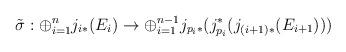
LaTeX: \begin{align*}\tilde{\sigma} : \oplus_{i=1}^n j_{i *}(E_{i}) \rightarrow \oplus_{i=1}^{n-1}j_{p_i*}(j^*_{p_i} (j_{(i+1) *}(E_{i+1})))\end{align*}